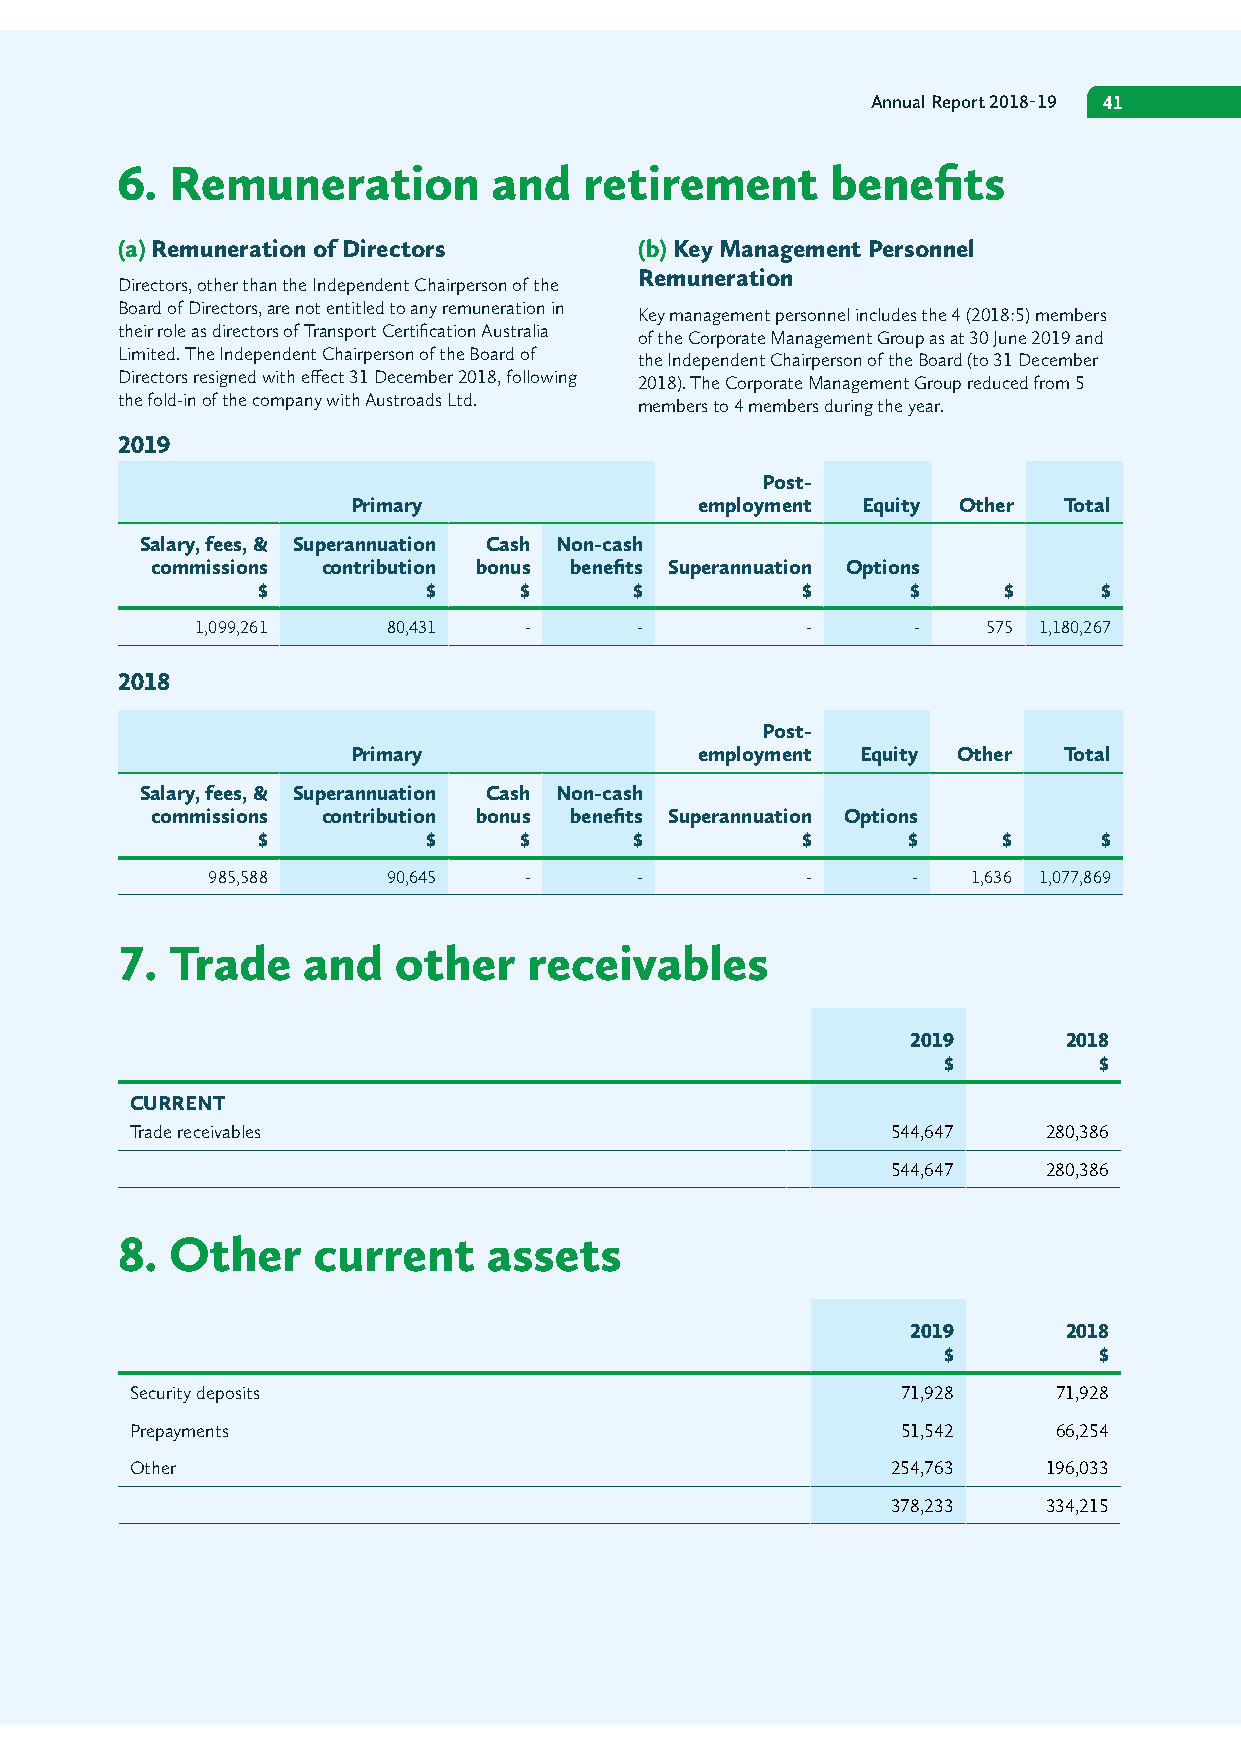
Annual Report 2018-19 41
 3. Summary of significant accounting policies (continued) 6. Remuneration and retirement benefits
 (a) Remuneration of Directors     (b) Key Management Personnel
 Remuneration
 Directors, other than the Independent Chairperson of the
 Board of Directors, are not entitled to any remuneration in
 Key management personnel includes the 4 (2018:5) members
 their role as directors of Transport Certification Australia
 of the Corporate Management Group as at 30 June 2019 and
 Limited. The Independent Chairperson of the Board of
 the Independent Chairperson of the Board (to 31 December
 Directors resigned with effect 31 December 2018, following
 2018). The Corporate Management Group reduced from 5
 the fold-in of the company with Austroads Ltd.
 members to 4 members during the year.
 2019
 Post-
 Primary                employment Equity Other Total
 Salary, fees, & Superannuation Cash Non-cash
 commissions contribution bonus benefits Superannuation Options
 $          $     $       $          $      $     $      $
 1,099,261    80,431   -      -          -      -    575 1,180,267
 2018
 Post-
 Primary                employment Equity Other Total
 Salary, fees, & Superannuation Cash Non-cash
 commissions contribution bonus benefits Superannuation Options
 $          $     $       $          $      $     $      $
 985,588     90,645   -      -          -      -   1,636 1,077,869
 7. Trade    and   other    receivables
 2019      2018
 $          $
 CURRENT
 Trade receivables                                 544,647   280,386
 544,647   280,386
 8. Other     current    assets
 2019      2018
 $          $
 Security deposits                                  71,928    71,928
 Prepayments                                        51,542    66,254
 Other                                             254,763   196,033
 378,233   334,215